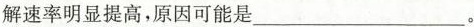
解速率明显提高，原因可能是___。